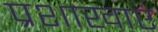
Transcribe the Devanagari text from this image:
प्रशाखाएं